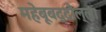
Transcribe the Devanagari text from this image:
महेबूबद्दौल्ला